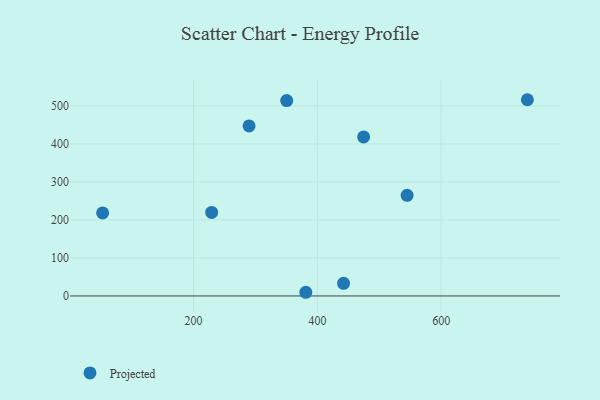
{"axis": {"x": "Experience", "y": "Rating"}, "legend": ["Projected"], "data": [{"x": "442.3", "y": 33.3, "type": "Projected"}, {"x": "739.3", "y": 516.3, "type": "Projected"}, {"x": "545.0", "y": 264.8, "type": "Projected"}, {"x": "474.7", "y": 418.3, "type": "Projected"}, {"x": "289.6", "y": 447.4, "type": "Projected"}, {"x": "53.0", "y": 218.6, "type": "Projected"}, {"x": "381.3", "y": 9.7, "type": "Projected"}, {"x": "350.4", "y": 514.1, "type": "Projected"}, {"x": "229.2", "y": 219.7, "type": "Projected"}]}